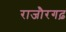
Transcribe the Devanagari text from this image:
राजौरगढ़